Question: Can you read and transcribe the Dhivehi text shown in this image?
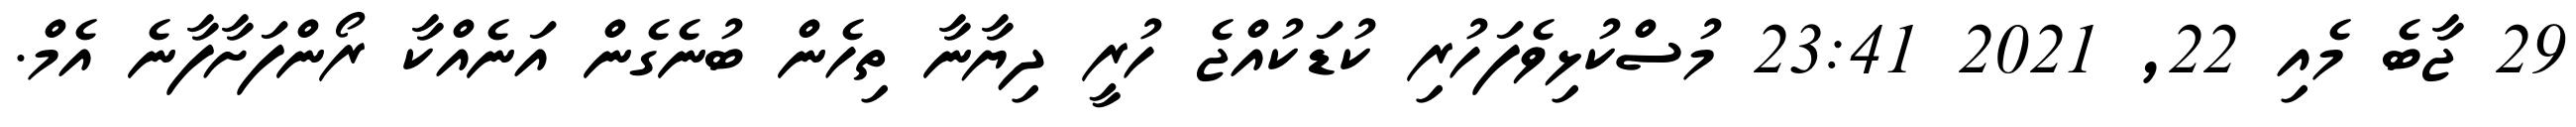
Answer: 29 ޖާބެ މެއި 22, 2021 23:41 މުސްކުޅިވެފަހުރި ކުޑަކުއްޖެ ހުރީ ދިޔާނާ ތިހެން ބުނެގެން އަނެއްކާ ރޯންފަށާފާނެ އެމް.